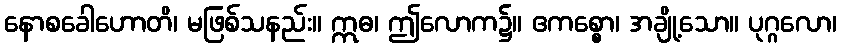
နောစခေါဟောတိ၊ မဖြစ်သနည်း။ ဣဓ၊ ဤလောက၌။ ဧကစ္စော၊ အချို့သော။ ပုဂ္ဂလော၊